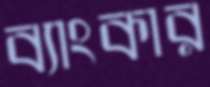
ব্যাংকার